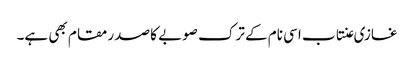
غازی عنتاب اسی نام کے ترک صوبے کا صدر مقام بھی ہے۔